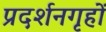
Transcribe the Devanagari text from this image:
प्रदर्शनगृहों